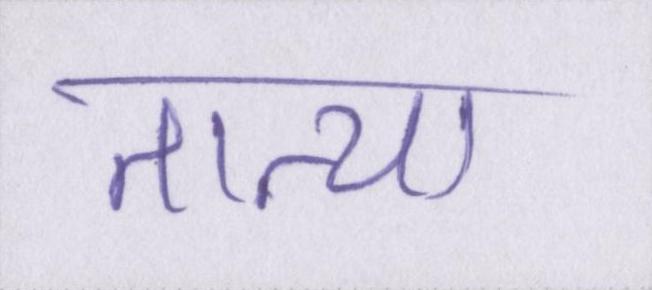
तात्या